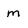
Character: m